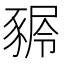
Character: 𧱢